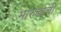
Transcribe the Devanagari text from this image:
भारुडाची